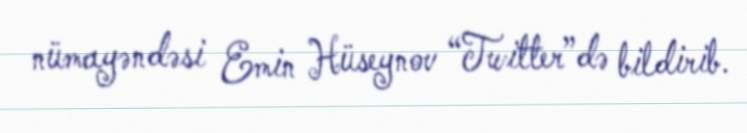
nümayəndəsi Emin Hüseynov “Twitter”də bildirib.